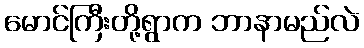
မောင်ကြီးတို့ရွာက ဘာနာမည်လဲ